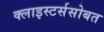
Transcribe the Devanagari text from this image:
क्लाइस्टर्ससोबत